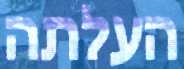
העלתה